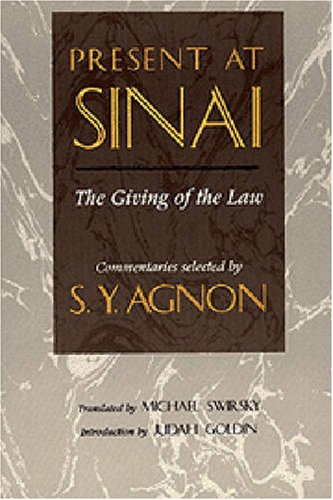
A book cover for Present at Sinai; S. (Shmuel) Y. (Yosef) Agnon; Religion & Spirituality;